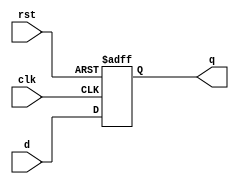
module D_F1(d,q,clk,rst);
input d,clk,rst;
output reg q;

always@(negedge clk or negedge rst )
begin
 if(rst==0)
    q=1;
    
 else
    q=d;
 end

endmodule